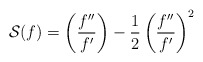
\begin{align*} \mathcal S(f) = \left (\frac{f''}{f'} \right) - \frac 12 \left(\frac{f''}{f'}\right)^2 \end{align*}